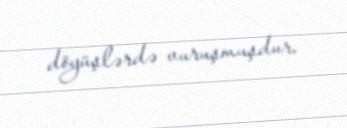
döyüşlərdə vuruşmuşdur.